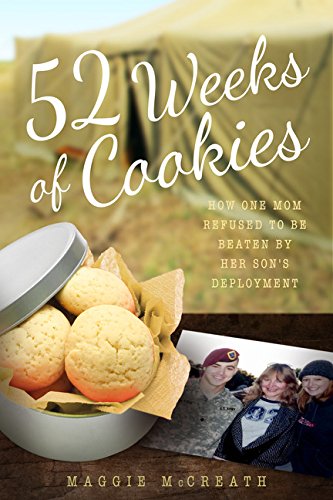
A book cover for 52 Weeks of Cookies: How One Mom Refused to Be Beaten by Her Son's Deployment; Maggie Mccreath; Parenting & Relationships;